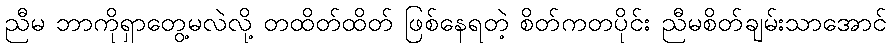
ညီမ ဘာကိုရှာတွေ့မလဲလို့ တထိတ်ထိတ် ဖြစ်နေရတဲ့ စိတ်ကတပိုင်း ညီမစိတ်ချမ်းသာအောင်